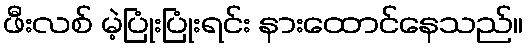
ဖီးလစ် မဲ့ပြုံးပြုံးရင်း နားထောင်နေသည်။